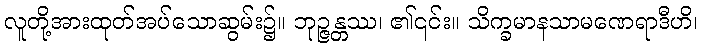
လူတို့အားထုတ်အပ်သောဆွမ်း၌။ ဘုဉ္ဇန္တဿ၊ ၏၎င်း။ သိက္ခမာနသာမဏေရာဒီဟိ၊